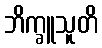
ဘိက္ခူသူတိ